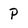
Character: p